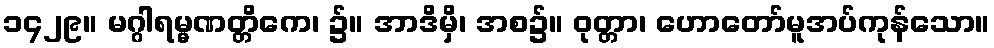
၁၄၂၉။ မဂ္ဂါရမ္မဏတ္တိကေ၊ ၌။ အာဒိမှိ၊ အစ၌။ ဝုတ္တာ၊ ဟောတော်မူအပ်ကုန်သော။